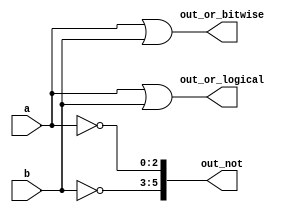
// This program was cloned from: https://github.com/matthewdelorenzo/CreativEval
// License: BSD 3-Clause "New" or "Revised" License

module top_module( 
    input [2:0] a,
    input [2:0] b,
    output [2:0] out_or_bitwise,
    output out_or_logical,
    output [5:0] out_not
);

    assign out_or_bitwise = a | b;
    assign out_or_logical = a || b;
    assign out_not[5:3] = ~b;
    assign out_not[2:0] = ~a;
    
endmodule